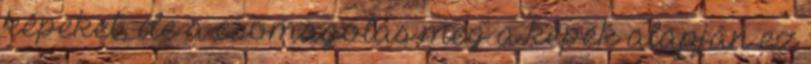
képeket, de a csomagolás meg a képek alapján ez